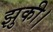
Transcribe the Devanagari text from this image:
झुकी।